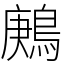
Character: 鶊